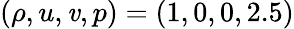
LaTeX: \left(\rho,u,\mathit{v},p\right)=\left(1,0,0,2.5\right)